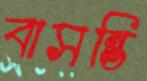
বাসন্তি